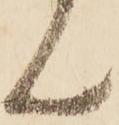
ん